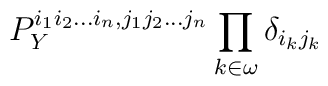
P_Y^{i_1 i_2...i_n, j_1 j_2...j_n} \prod_{k \in \omega} \delta_{i_k j_k}